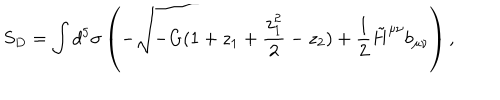
LaTeX: S _ { D } = \int d ^ { 5 } \sigma \left( - \sqrt { - G ( 1 + z _ { 1 } + { \frac { z _ { 1 } ^ { 2 } } { 2 } } - z _ { 2 } ) } + { \frac { 1 } { 2 } } \tilde { H } ^ { \mu \nu } b _ { \mu \nu } \right) ,